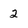
Character: 2